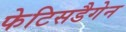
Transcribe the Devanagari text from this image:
फेटिसडैगेन